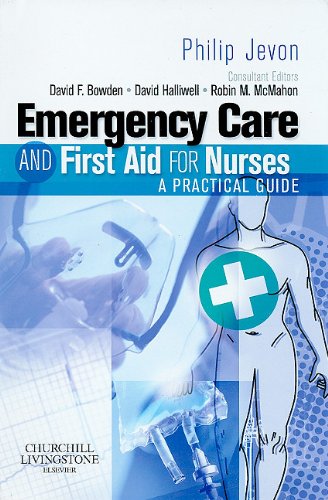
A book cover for Emergency Care and First Aid for Nurses: A Practical Guide, 1e; Philip Jevon RGN  BSc(Hons)  PGCE; Medical Books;